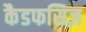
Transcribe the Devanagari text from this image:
कैडफसिज़